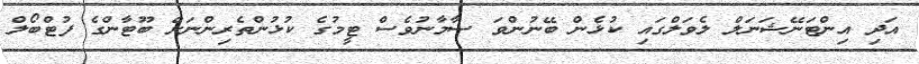
އަދި އިންޓަނޭޝަނަލް ލެވަލްގައި ކުޅެން ބޭނުންވަ ސާމާނުވެސް ޓީމުގެ ކުޅުންތެރިންނަށް ބޫޓާންގެ ފުޓްބޯލް